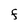
Character: F